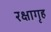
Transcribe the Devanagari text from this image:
रक्षागृह